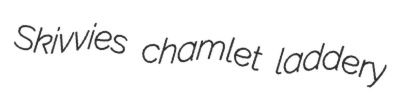
Skivvies chamlet laddery